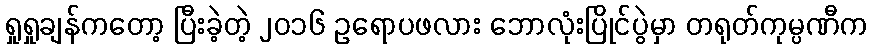
ရှုရှုချန်ကတော့ ပြီးခဲ့တဲ့ ၂၀၁၆ ဥရောပဖလား ဘောလုံးပြိုင်ပွဲမှာ တရုတ်ကုမ္ပဏီက